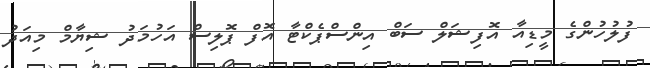
ފުލުހުންގެ މީޑިއާ އޮފިޝަލް ސަބް އިންސްޕެކްޓާ އޮފް ޕޮލިސް އަހުމަދު ޝިޔާމް މިއަދު